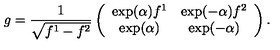
g = \frac { 1 } { \sqrt { f ^ { 1 } - f ^ { 2 } } } \left( \begin{array} { c c } { \exp ( \alpha ) f ^ { 1 } } & { \exp ( - \alpha ) f ^ { 2 } } \\ { \exp ( \alpha ) } & { \exp ( - \alpha ) } \\ \end{array} \right) .